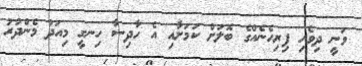
ވަނީ ދިވެހި ފިރިހެނެއްގެ ބޮލަށް ކަމަށާއި އެ ހާދިސާ ހިނގީ މިއަދު މެންދުރު